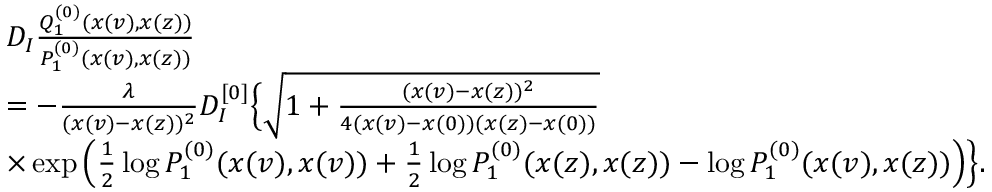
\begin{array} { r l } & { D _ { I } \frac { Q _ { 1 } ^ { ( 0 ) } ( x ( v ) , x ( z ) ) } { P _ { 1 } ^ { ( 0 ) } ( x ( v ) , x ( z ) ) } } \\ & { = - \frac { \lambda } { ( x ( v ) - x ( z ) ) ^ { 2 } } D _ { I } ^ { [ 0 ] } \Big \{ \sqrt { 1 + \frac { ( x ( v ) - x ( z ) ) ^ { 2 } } { 4 ( x ( v ) - x ( 0 ) ) ( x ( z ) - x ( 0 ) ) } } } \\ & { \times \exp \Big ( \frac { 1 } { 2 } \log P _ { 1 } ^ { ( 0 ) } ( x ( v ) , x ( v ) ) + \frac { 1 } { 2 } \log P _ { 1 } ^ { ( 0 ) } ( x ( z ) , x ( z ) ) - \log P _ { 1 } ^ { ( 0 ) } ( x ( v ) , x ( z ) ) \Big ) \Big \} . } \end{array}